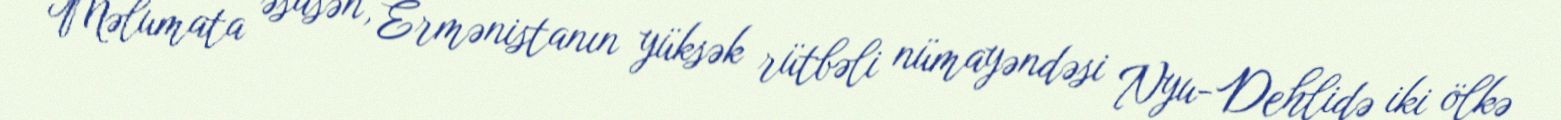
Məlumata əsasən, Ermənistanın yüksək rütbəli nümayəndəsi Nyu-Dehlidə iki ölkə